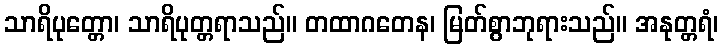
သာရိပုတ္တော၊ သာရိပုတ္တရာသည်။ တထာဂတေန၊ မြတ်စွာဘုရားသည်။ အနုတ္တရံ၊